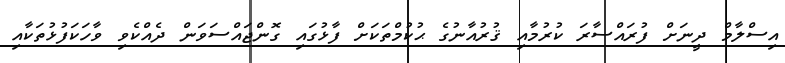
އިސްލާމް ދީނަށް ފުރައްސާރަ ކުރުމާއި ޤުރުއާނުގެ ޙުކުމްތަކަށް ފާޅުގައި ގޮންޖައްސަވަން ދެއްކެވި ވާހަކަފުޅުތަކާއި